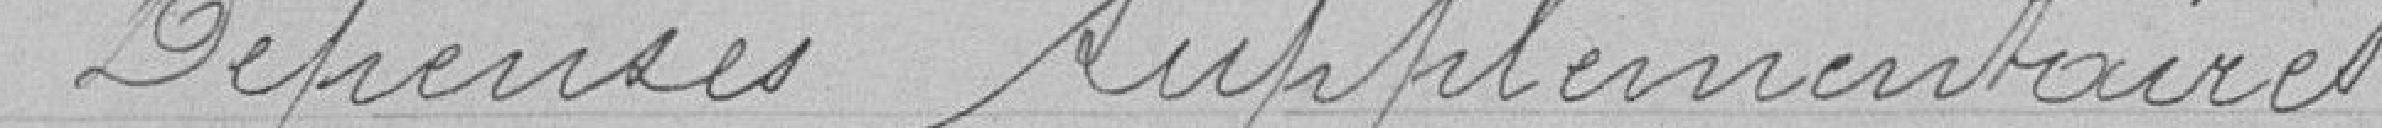
Dépenses supplémentaires